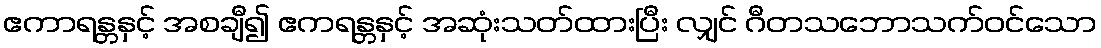
ဧကာရန္တနှင့် အစချီ၍ ဧကရန္တနှင့် အဆုံးသတ်ထားပြီး လျှင် ဂီတသဘောသက်ဝင်သော